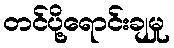
တင်ပို့ရောင်းချမှု